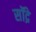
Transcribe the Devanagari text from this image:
सॉद्रे